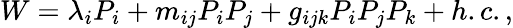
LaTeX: W=\lambda_{i}P_{i}+m_{ij}P_{i}P_{j}+g_{ijk}P_{i}P_{j}P_{k}+h.c.,